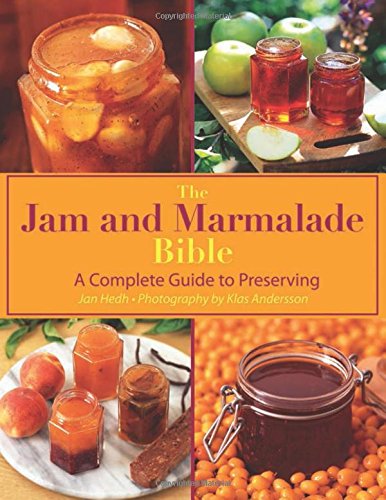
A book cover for The Jam and Marmalade Bible: A Complete Guide to Preserving; Jan Hedh; Cookbooks, Food & Wine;